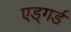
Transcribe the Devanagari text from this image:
एड्गर्ड